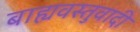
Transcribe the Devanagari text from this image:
बाह्यवस्तुवादी